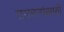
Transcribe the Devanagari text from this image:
प्रवचनांसाठी